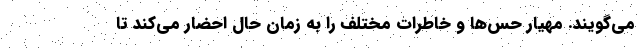
می‌گویند. مهیار حس‌ها و خاطرات مختلف را به زمان حال احضار می‌کند تا